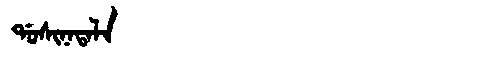
Manchu: ᡩᠣᠰᡳᠨᠠᡨᠠᠯᠠ
Romanization: DOSINATALA